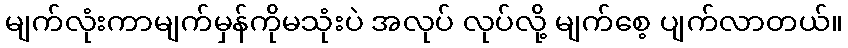
မျက်လုံးကာမျက်မှန်ကိုမသုံးပဲ အလုပ် လုပ်လို့ မျက်စေ့ ပျက်လာတယ်။